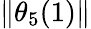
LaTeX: \lVert\theta_{5}(1)\rVert